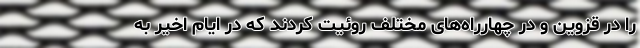
را در قزوین و در چهارراه‌های مختلف روئیت کردند که در ایام اخیر به